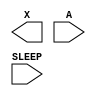
module sky130_fd_sc_lp__iso0p (
    X    ,
    A    ,
    SLEEP
);

    output X    ;
    input  A    ;
    input  SLEEP;

    // Voltage supply signals
    supply1 KAPWR;
    supply0 VGND ;
    supply1 VPB  ;
    supply0 VNB  ;

endmodule